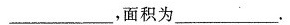
___，面积为___。